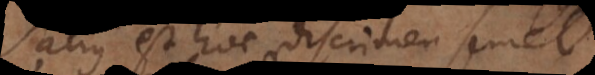
Satius est hoc discrimen semel